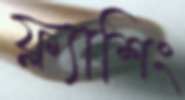
ফ্ল্যাশিং